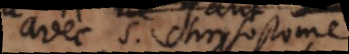
avec S. Chrysostome